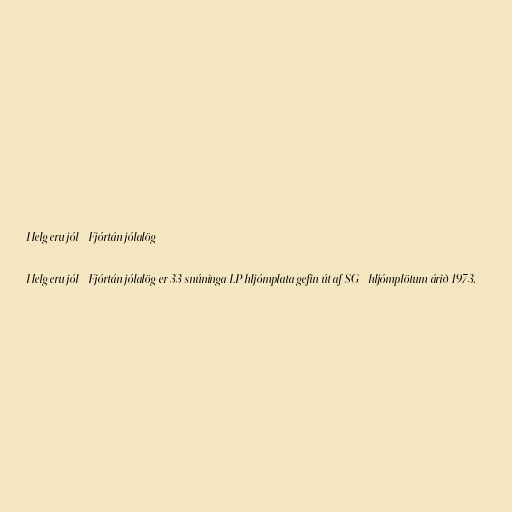
Helg eru jól - Fjórtán jólalög

Helg eru jól - Fjórtán jólalög er 33 snúninga LP hljómplata gefin út af SG - hljómplötum árið 1973.